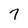
Character: 7